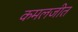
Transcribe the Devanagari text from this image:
कमलजीत